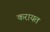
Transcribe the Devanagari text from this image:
करायत